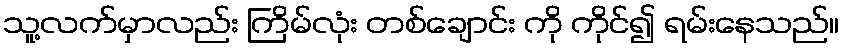
သူ့လက်မှာလည်း ကြိမ်လုံး တစ်ချောင်း ကို ကိုင်၍ ရမ်းနေသည်။